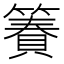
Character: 𫂢